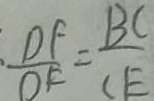
\frac { D F } { O F } = \frac { B C } { C E }